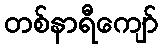
တစ်နာရီကျော်